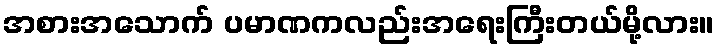
အစားအသောက် ပမာဏကလည်းအရေးကြီးတယ်မို့လား။